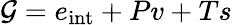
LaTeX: \mathcal{G}=e_{\mathrm{int}}+Pv+Ts